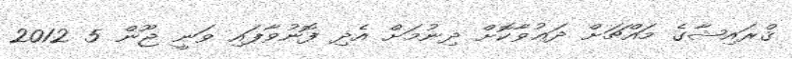
ޤްރައިޝާގެ މައްޗަށް ދަޢުވާކޮށް ދިނުމަށް އެދި ފޮނުވާފައި ވަނީ ޖޫން 5 2012